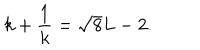
k + \frac { 1 } { k } = \sqrt { 8 } L - 2 .